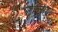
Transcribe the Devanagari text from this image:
सफसयों